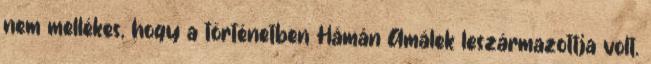
nem mellékes, hogy a történetben Hámán Amálek leszármazottja volt.